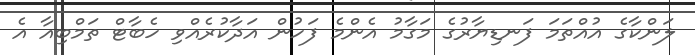
ލަންކާގެ އުއްތަމަ ފަނޑިޔާރުގެ މަގާމު އެންމެ ފަހުން އަދާކުރެއްވި ހެބާޓް ތަމްބިއާ އެ